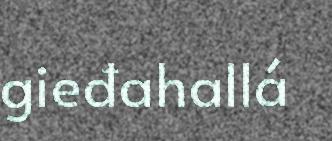
gieđahallá